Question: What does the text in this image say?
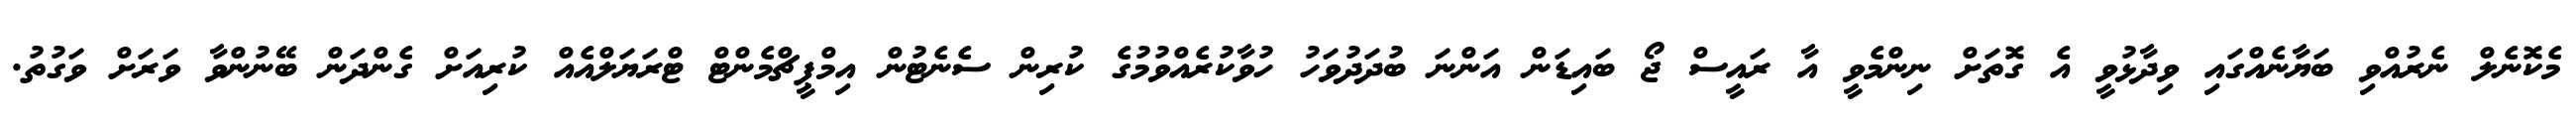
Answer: މެކޮނެލް ނެރުއްވި ބަޔާނެއްގައި ވިދާޅުވީ އެ ގޮތަށް ނިންމެވީ އާ ރައީސް ޖޯ ބައިޑަން އަންނަ ބުދަދުވަހު ހުވާކުރެއްވުމުގެ ކުރިން ސެނެޓުން އިމްޕީޗްމެންޓް ޓްރަޔަލްއެއް ކުރިއަށް ގެންދަން ބޭނުންވާ ވަރަށް ވަގުތު.